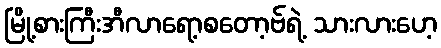
မြို့စားကြီးအီလာရော့စတော့ဗ်ရဲ့ သားလားဟေ့